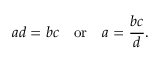
a d = b c \quad { \mathrm { o r } } \quad a = { \frac { b c } { d } } .